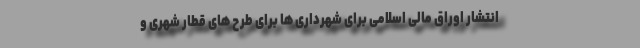
انتشار اوراق مالی اسلامی برای شهرداری ها برای طرح های قطار شهری و